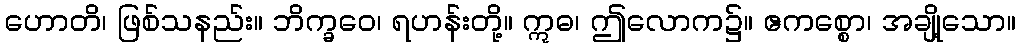
ဟောတိ၊ ဖြစ်သနည်း။ ဘိက္ခဝေ၊ ရဟန်းတို့။ ဣဓ၊ ဤလောက၌။ ဧကစ္စော၊ အချို့သော။